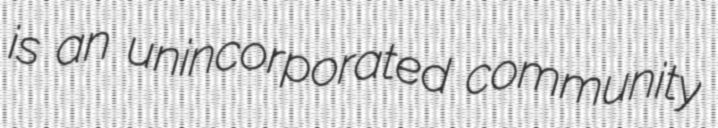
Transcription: is an unincorporated community